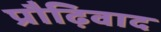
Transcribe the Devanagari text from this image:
प्रौढ़िवाद